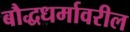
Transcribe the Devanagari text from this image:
बौद्धधर्मावरील